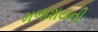
મળાશયની